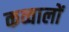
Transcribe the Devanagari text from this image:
कव्वालों